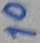
Text: 10